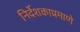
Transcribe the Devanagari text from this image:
निर्देशकाप्रमाणे